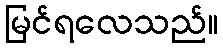
မြင်ရလေသည်။